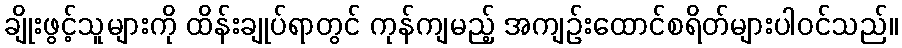
ချိုးဖွင့်သူများကို ထိန်းချုပ်ရာတွင် ကုန်ကျမည့် အကျဉ်းထောင်စရိတ်များပါဝင်သည်။